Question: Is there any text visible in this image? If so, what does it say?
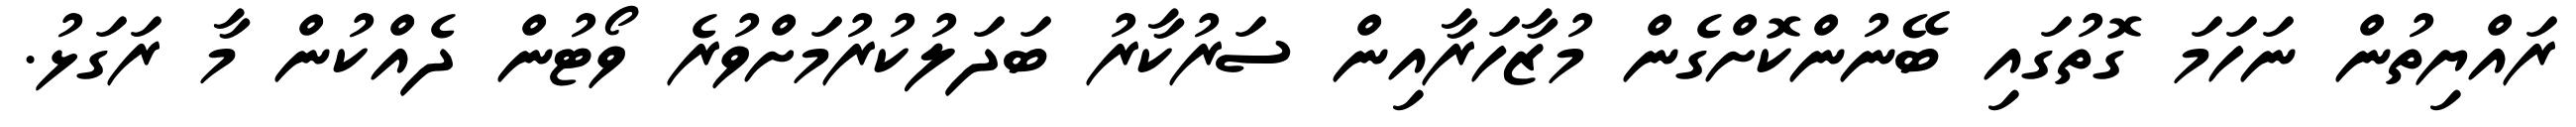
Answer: ރައްޔިތުން ނަހަމަ ގޮތުގައި ބޭނުންކޮށްގެން މުޒާހަރާއިން ސަރުކާރު ބަދަލުކުރުމަށްވުރެ ވޯޓުން ދެއްކުން މާ ރަގަޅު.